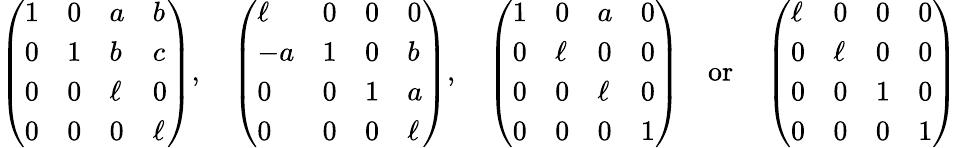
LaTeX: \left(\begin{array}{llll}{1}&{0}&{a}&{b}\\ {0}&{1}&{b}&{c}\\ {0}&{0}&{\ell}&{0}\\ {0}&{0}&{0}&{\ell}\end{array}\right),\quad\left(\begin{array}{llll}{\ell}&{0}&{0}&{0}\\ {-a}&{1}&{0}&{b}\\ {0}&{0}&{1}&{a}\\ {0}&{0}&{0}&{\ell}\end{array}\right),\quad\left(\begin{array}{llll}{1}&{0}&{a}&{0}\\ {0}&{\ell}&{0}&{0}\\ {0}&{0}&{\ell}&{0}\\ {0}&{0}&{0}&{1}\end{array}\right)\quad\mathrm{or}\quad\left(\begin{array}{llll}{\ell}&{0}&{0}&{0}\\ {0}&{\ell}&{0}&{0}\\ {0}&{0}&{1}&{0}\\ {0}&{0}&{0}&{1}\end{array}\right)